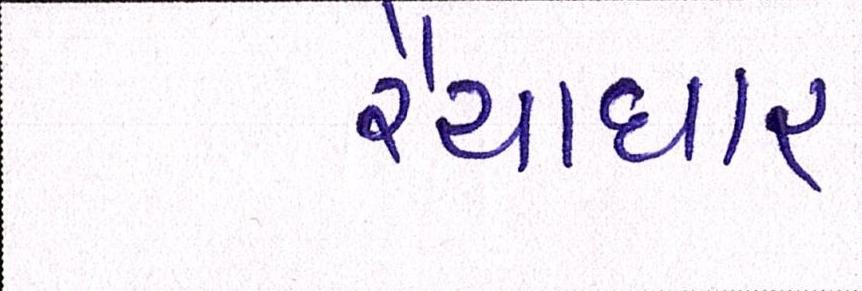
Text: રૈયાધાર